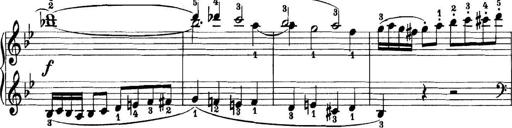
Title: 11 Sonatinas
Composer: Anton Diabelli